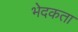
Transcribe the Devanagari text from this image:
भेदकता